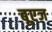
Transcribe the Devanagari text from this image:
बूएज